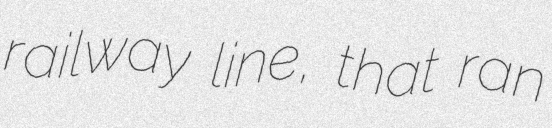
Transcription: railway line, that ran